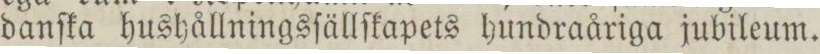
danſka hushållningsſällſkapets hundraåriga jubileum.